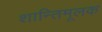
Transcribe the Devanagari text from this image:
शान्तिमूलक